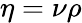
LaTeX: \eta=\nu\rho